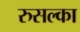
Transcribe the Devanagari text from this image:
रुसल्का